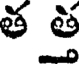
త త్త